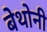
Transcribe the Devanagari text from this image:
बेथोनी